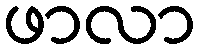
ဖာလာ